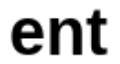
ent